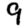
Digit: 9